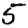
Digit: 5